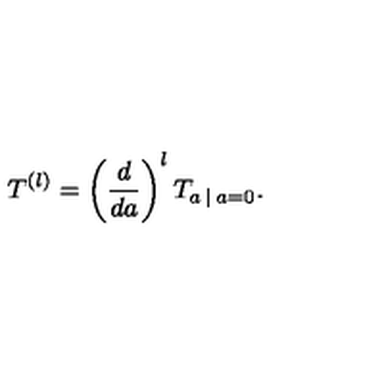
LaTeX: T ^ { ( l ) } = \left( \frac { d } { d a } \right) ^ { l } T _ { a \: | \: a = 0 } .